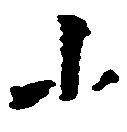
小